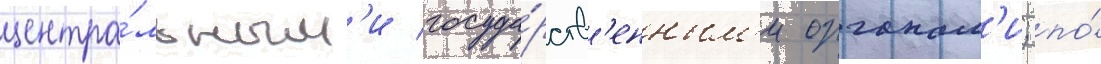
центра́льным'и госуда́рств'енным'и органам'и; по́